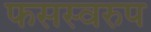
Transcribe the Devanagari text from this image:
फसस्वरुप